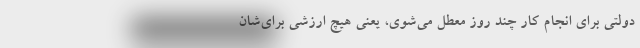
دولتی برای انجام کار چند روز معطل می‌شوی، یعنی هیچ ارزشی برای‌شان